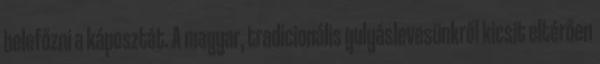
belefőzni a káposztát. A magyar, tradicionális gulyáslevesünkről kicsit eltérően